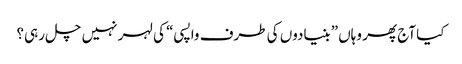
کیا آج پھر وہاں ”بنیادوں کی طرف واپسی“ کی لہر نہیں چل رہی؟